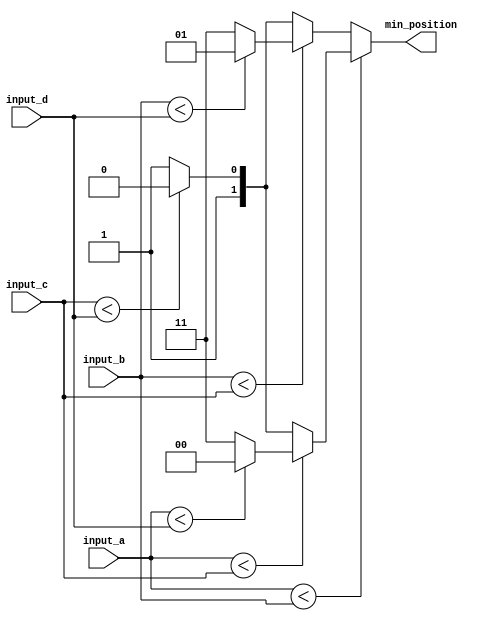
module Minimum_Position(
    input [2:0] input_a, input_b, input_c, input_d, // Input values to compare
    output reg [1:0] min_position // Output indicating the minimum position
);
    // Register declaration for storing the minimum position
    reg [1:0] min_position;

    // Always block to determine the minimum position among the inputs
    always @(*) begin
        if (input_a < input_b) begin
            if (input_a < input_c) begin
                if (input_a < input_d) begin
                    min_position = 2'b00; // Input 'a' is the minimum
                end
                else begin
                    min_position = 2'b11; // Input 'd' is the minimum
                end
            end
            else begin
                if (input_c < input_d) begin
                    min_position = 2'b10; // Input 'c' is the minimum
                end
                else begin
                    min_position = 2'b11; // Input 'd' is the minimum
                end
            end
        end
        else begin
            if (input_b < input_c) begin
                if (input_b < input_d) begin
                    min_position = 2'b01; // Input 'b' is the minimum
                end
                else begin
                    min_position = 2'b11; // Input 'd' is the minimum
                end
            end
            else begin
                if (input_c < input_d) begin
                    min_position = 2'b10; // Input 'c' is the minimum
                end
                else begin
                    min_position = 2'b11; // Input 'd' is the minimum
                end
            end
        end
    end
endmodule